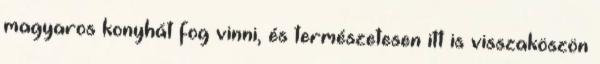
magyaros konyhát fog vinni, és természetesen itt is visszaköszön